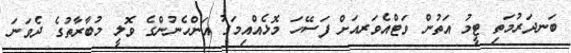
ބަނދަރުމަތި ޓީމު އަތުން ވަޓްއެވަރއަށް ފަސޭހަ މޮޅެއްއިމަގު އަންހެނުންގެ ވޮލީ މުބާރާތުގެ ދެވަނަ